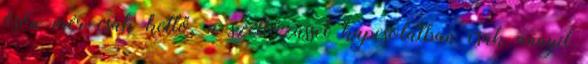
ösön mér csak kettő. a szellőzássel kapcsolatban csak annyit